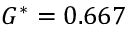
G ^ { * } = 0 . 6 6 7